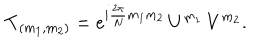
LaTeX: { \bf T } _ { ( m _ { 1 } , m _ { 2 } ) } = e ^ { i { \frac { 2 \pi } { N } } m _ { 1 } m _ { 2 } } \, U ^ { m _ { 1 } } \, V ^ { m _ { 2 } } .